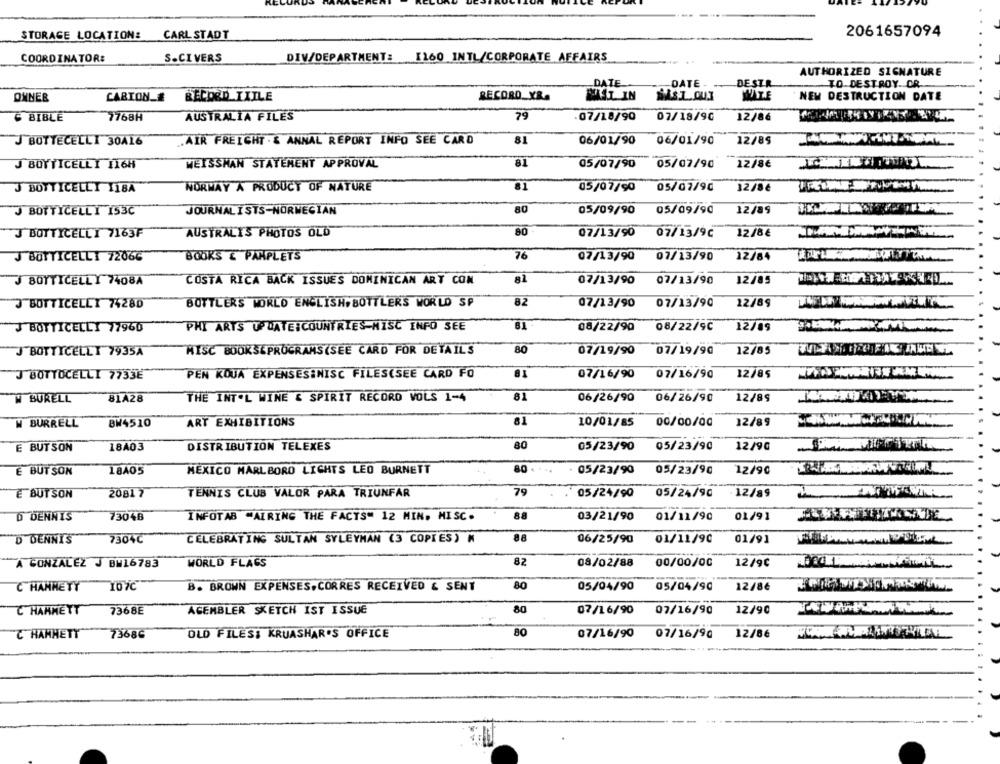
STORAGE LOCATION:
CARL STADT
2061657094
COORDINATOR:
S.CIVERS
DIV/DEPARTMENT: [160 INTL/CORPORATE AFFAIRS
AUTHORIZED SIGNATURE
DATE
DATE -
DESTR
TO DESTROY. OR.
OWNER
CABION_#
RECORD IXILE
RECORD_YR.
AT IN
NEW DESTRUCTION DATE
C BIBLE
7768H
AUSTRALIA FILES
79
07/18/90
07/18/90
12/86
J BOTTECELLI 30A16
.AIR FREIGHT . & ANNAL REPORT INFO SEE CARD
81
06/01/90
06/01/90
12/89
J BOYTICELLY 116H
WEISSHAN STATEMENT APPROVAL
81
05/07/90
05/07/90
12/8€
J BOTTICELLI I18A
NORWAY A PRODUCT OF NATURE
81
05/07/90
05/07/90
12/8€
J BOTTICELLI 153C
JOURNALISTS-NORWEGIAN
80
05/09/90
05/09/90
12/89
J BOTTICELLI 7163F
AUSTRALIS PHOTOS OLD
80
07/13/90 07/13/92
12/8€
J BOTTICELLI 72066
BOOKS & PAMPLETS
76
07/13/90 07/13/90
12/84
J BOTTICELLY 7408A
COSTA RICA BACK ISSUES DOMINICAN ART CON
al
07/13/90
07/13/90
12/85
J BOTTICELLI 7428D
BÜTTLERS WORLD ENGLISH BOTTLERS WORLD SP
82
07/13/90 07/13/90
12/89
J BOTTICELLI 77960
PHI ARTS UPDATE:COUNTRIES-MISC INFO SEE
81
08/22/90
08/22/9C
12/09
MISC BOOKSEPROGRAMS(SEE CARD FOR DETAILS
80
12/85
J BOTTICELLI 7935A
07/19/90
07/19/90
PEN KOUA EXPENSESİNISC FILES(SEE CARD FŐ
07/16/90
12/85
J BOTTOCELLI 7733₺
07/16/90
81
12/89
W BURELL
81A28
THE INT'L WINE & SPIRIT RECORD VOLS 1-4
06/26/90
06/26/90
W BURRELL
BW4510
ART EXHIBITIONS
81
10/01/85
00/00/00
12/89
E BUTSON
18A03
DISTRIBUTION TELEXES
80
05/23/90
05/23/90
12/90
E BUT SON
18405
MÉXICO MARLBORO LIGHTS LEO BURNETT
80 .
05/23/90
05/23/90
12/90
E BUT SON
2081 7
TENNIS CLUB VALOR PARA TRIUNFAR
79
05/24/90
05/24/90
12/89
D DENNIS
73048
INFOTAB "AIRING THE FACTS" 12 MIN. MISC.
88
03/21/90
01/11/90
01/91
D DENNIS
7304C
CELEBRATING SULTAN SYLEYMAN (3 COPIES)
88
06/25/90
01/11/90
01/91
A GONZALEZ J BM16783
WORLD FLAGS
82
08/02/88
00/00/00
12/9€
C HANHETY
B. BROWN EXPENSES,CORRES RECEIVED & SENT
80
05/04/90
05/04/90
12/8€
C HAMMETT
7368E
AGEMBLER SKETCH IST ISSUE
80
07/16/90
07/16/90
12/90
C HANNETT
73686
OLD FILESİ KRUASHAR'S OFFICE
80
07/16/90
07/16/90
12/86
-